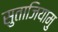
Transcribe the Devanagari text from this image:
सुताजियामु